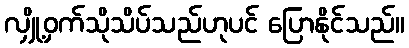
လျှို့ဝှက်သိုသိပ်သည်ဟုပင် ပြောနိုင်သည်။